Scientific memoirs by medical officers of the Army of India - Part III,
Year: 1887
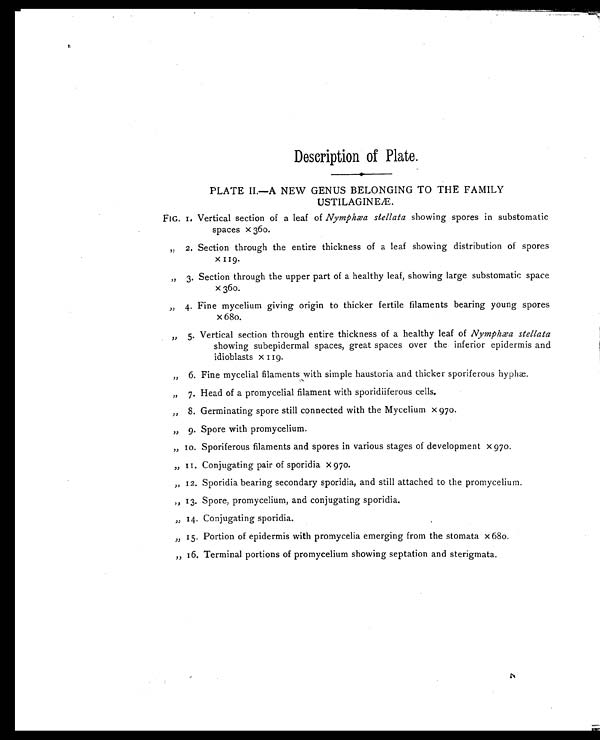
Description of Plate.
PLATE II.—A NEW GENUS BELONGING TO THE FAMILY
USTILAGINEÆ.
FIG. 1. Vertical section of a leaf of Nymphæa stellata showing spores in substomatic
spaces x 360.
„ 2. Section through the entire thickness of a leaf showing distribution of spores
x 119.
, ,
3. Section through the upper part of a healthy leaf, showing large substomatic space
x 360.
„ 4. Fine mycelium giving origin to thicker fertile filaments bearing young spores
x 680.
„ 5. Vertical section through entire thickness of a healthy leaf of Nymphæa stellata
showing subepidermal spaces, great spaces over the inferior epidermis and
idioblasts x 119.
„ 6. Fine mycelial filaments with simple haustoria and thicker sporiferous hyphæ.
„ 7. Head of a promycelial filament with sporidiiferous cells.
„ 8. Germinating spore still connected with the Mycelium x 970.
„ 9. Spore with promycelium.
„ 10. Sporiferous filaments and spores in various stages of development x 970.
„ 11. Conjugating pair of sporidia x 970.
„ 12. Sporidia bearing secondary sporidia, and still attached to the promycelium.
„ 13. Spore, promycelium, and conjugating sporidia.
„ 14. Conjugating sporidia.
„ 15. Portion of epidermis with promycelia emerging from the stomata x 680.
„ 16. Terminal portions of promycelium showing septation and sterigmata.